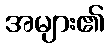
အများ၏